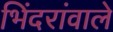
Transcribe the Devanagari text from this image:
भिंदरांवाले